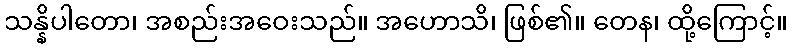
သန္နိပါတော၊ အစည်းအဝေးသည်။ အဟောသိ၊ ဖြစ်၏။ တေန၊ ထို့ကြောင့်။